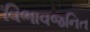
વિભાવજનિત